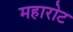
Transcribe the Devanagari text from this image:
महारोट